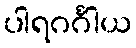
ပါရဂင်္ဂါယ